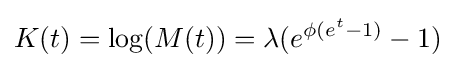
K(t)=\log(M(t))=\lambda (e^{\phi (e^{t}-1)}-1)